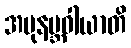
အပုနဗ္ဘဝါယာတိ